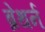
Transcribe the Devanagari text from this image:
ब्रेथर्न